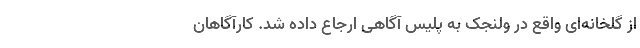
از گلخانه‌ای واقع در ولنجک به پلیس آگاهی ارجاع داده شد. کارآگاهان